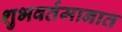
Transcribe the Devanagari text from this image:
शुभवर्तमानात